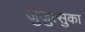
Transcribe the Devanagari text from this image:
जुजुत्सुका